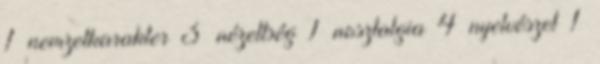
1 nemzetkarakter 3 nézettség 1 nosztalgia 4 nyelvészet 1